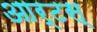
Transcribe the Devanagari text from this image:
आर्टस्‌